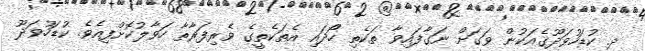
ދ. ކުޑަހުވަދޫގެއަކުން ވަގަށް ނަގާފައިވާ ތަކެތި ހޯދައި އެތަކެތީގެ ވެރިފަރާތާ ހަވާލުކޮށްފިއެވެ. ކުޑަހުވަދޫ